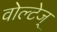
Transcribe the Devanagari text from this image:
वोल्टेज्